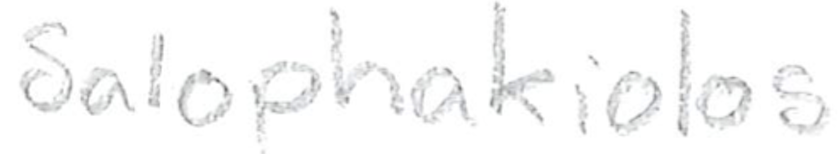
Text: Salophakiolos
Cross-out: clean
Writing tool: pencil